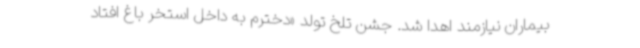
بیماران نیازمند اهدا شد. جشن تلخ تولد «دخترم به داخل استخر باغ افتاد